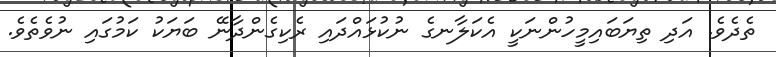
ތެދެވެ. އަދި ތިޔަބައިމީހުންނަކީ އެކަލާނގެ ނުކުޅައްދައި ރެކިގެންދާނޭ ބަޔަކު ކަމުގައި ނުވެތެވެ.